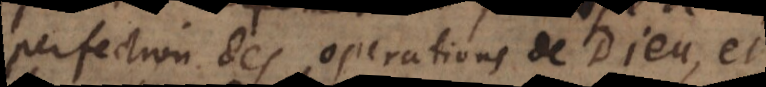
perfection des operations de Dieu, et